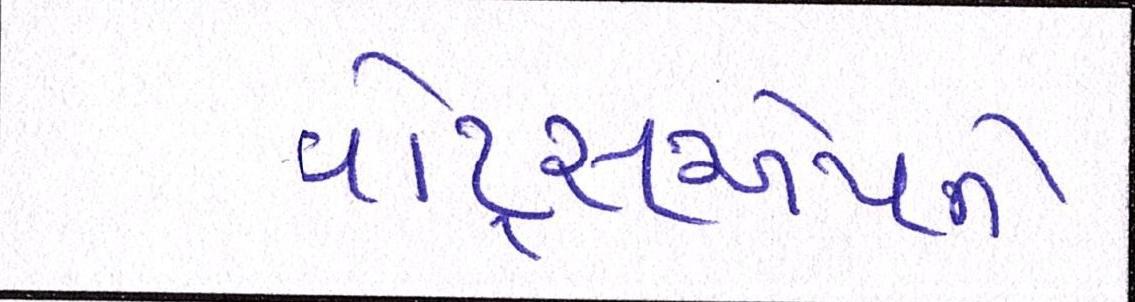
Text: વૉટ્સએપને